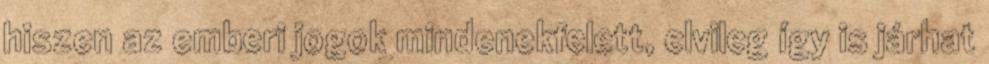
hiszen az emberi jogok mindenekfelett, elvileg így is járhat